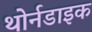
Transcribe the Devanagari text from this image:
थोर्नडाइक